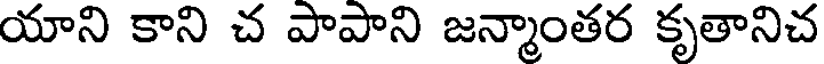
యాని కాని చ పాపాని జన్మాంతర కృతానిచ